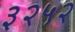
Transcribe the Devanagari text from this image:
३२५२